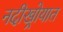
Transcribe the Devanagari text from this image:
नदीखोर्‍यात